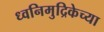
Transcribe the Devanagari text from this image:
ध्वनिमुद्रिकेच्या